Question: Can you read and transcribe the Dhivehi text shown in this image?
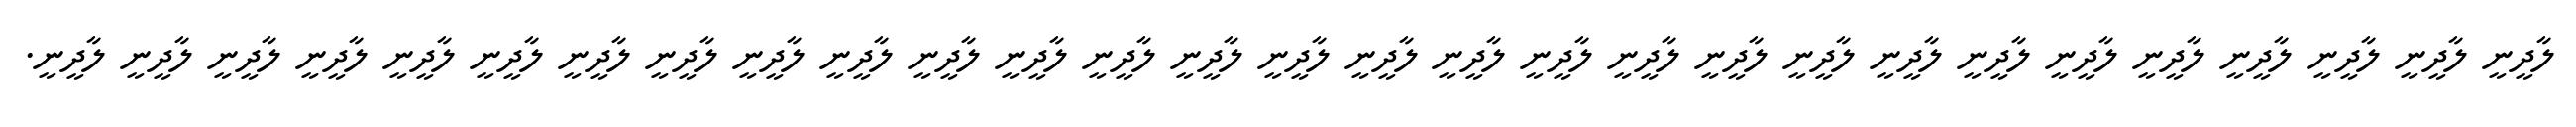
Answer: ލާދީނީ ލާދީނީ ލާދީނީ ލާދީނީ ލާދީނީ ލާދީނީ ލާދީނީ ލާދީނީ ލާދީނީ ލާދީނީ ލާދީނީ ލާދީނީ ލާދީނީ ލާދީނީ ލާދީނީ ލާދީނީ ލާދީނީ ލާދީނީ ލާދީނީ ލާދީނީ ލާދީނީ ލާދީނީ ލާދީނީ ލާދީނީ ލާދީނީ ލާދީނީ ލާދީނީ ލާދީނީ ލާދީނީ.